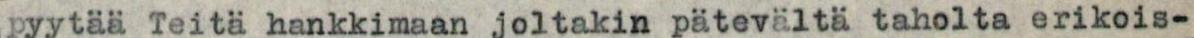
pyytää Teitä hankkimaan joltakin pätevältä taholta erikois-